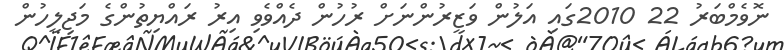
ނޮވެމްބަރު 22 2010ގައި އަލުން ވަޒީރުންނަށް ރުހުން ދެއްވެވި އިރު ރައްޔިތުންގެ މަޖިލީހުން